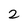
Character: 2